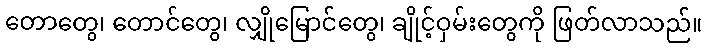
တောတွေ၊ တောင်တွေ၊ လျှိုမြောင်တွေ၊ ချိုင့်ဝှမ်းတွေကို ဖြတ်လာသည်။